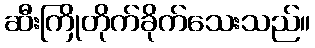
ဆီးကြိုတိုက်ခိုက်သေးသည်။